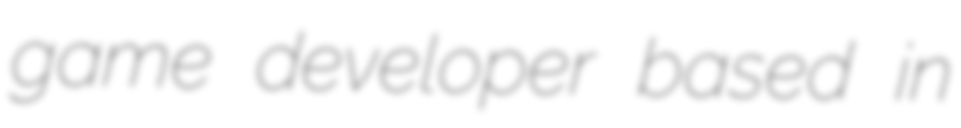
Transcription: game developer based in